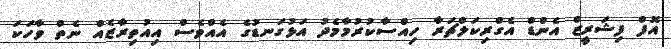
އޮފް ފިޝަރީޒް އެންޑް އެގްރިކަލްޗަރާ ހިއްސާކުރުމާމެދު އަޅުގަނޑުގެ އެއްވެސް އިއުތިރާޒެއް ނެތް ވާހަކަ